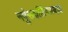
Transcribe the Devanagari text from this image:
नपुंसकलिंगाध्याय